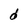
Character: d